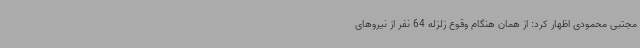
مجتبی محمودی اظهار کرد: از همان هنگام وقوع زلزله 64 نفر از نیروهای